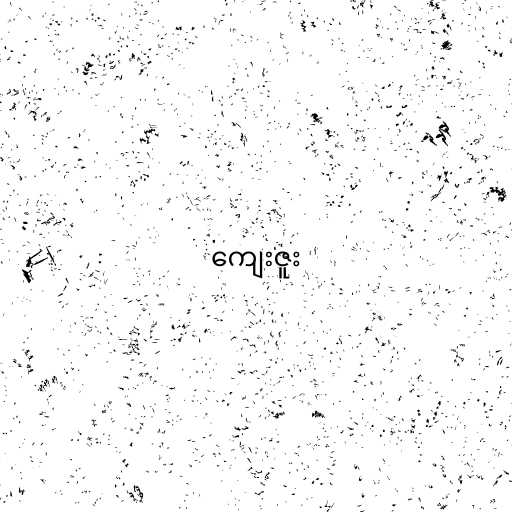
ကျေးဇူး